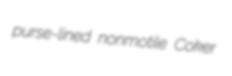
purse-lined nonmotile Coker